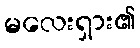
မလေးရှား၏